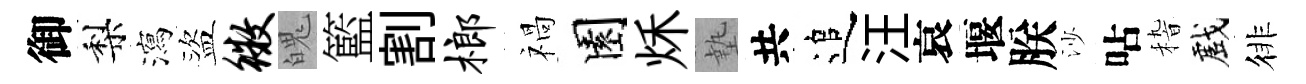
御梨瀉盜徽魄籃割榔禍園秌墊共追汪哀堰朕沙呫𥟵戲徘